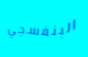
البنفسجي